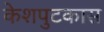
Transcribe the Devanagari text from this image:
केशपुटकास